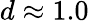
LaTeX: d\approx 1.0